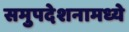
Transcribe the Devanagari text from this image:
समुपदेशनामध्ये